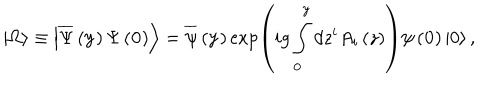
\left| \Omega \right\rangle \equiv \left| \overline { { \Psi } } \left( { \bf y } \right) \Psi \left( { \bf 0 } \right) \right\rangle = \overline { { \psi } } \left( { \bf y } \right) \exp \left( { i g \int _ { \bf 0 } ^ { \bf y } { d z ^ { i } A _ { i } \left( z \right) } } \right) \psi \left( { \bf 0 } \right) \left| 0 \right\rangle ,